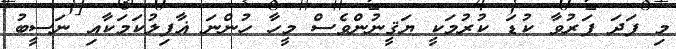
މި ފަދަ ފަރުވާ ކުޑަ ކުރުމަކީ ޔަޤީނުންވެސް މީހާ ހުންނަ ޣާފިލުކަމަކާއި ނަސީބު